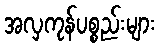
အလှကုန်ပစ္စည်းများ